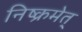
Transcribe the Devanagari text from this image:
निष्क्रमेत्